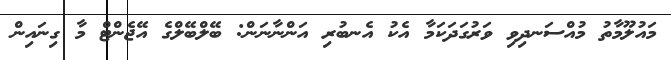
މައުލޫމާތު މުއްސަނދިވި ވަރުގަދަކަމާ އެކު އެނބުރި އަންނާނަން: ބޭލްބޭލްގެ އޭޖެންޓް މާ ގިނައިން